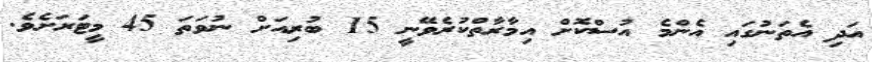
އަދި އެތަނުގައި އެންމެ އުސްކޮށް އިމާރާތްކުރެވޭނީ 15 ބުރިއަށް ނުވަތަ 45 މީޓަރަށެވެ.